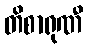
တိစာရုဏီ